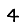
Digit: 4